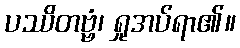
ပဿိတဗ္ဗံ၊ ရှုအပ်ရာ၏။